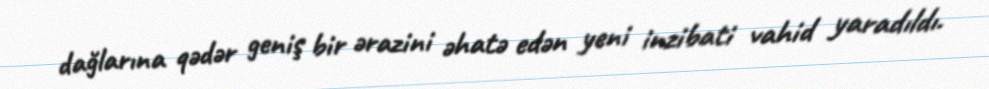
dağlarına qədər geniş bir ərazini əhatə edən yeni inzibati vahid yaradıldı.